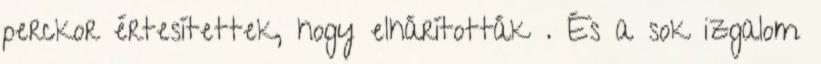
perckor értesítettek, hogy elhárították . És a sok izgalom